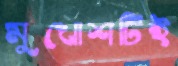
মুখোশটিই